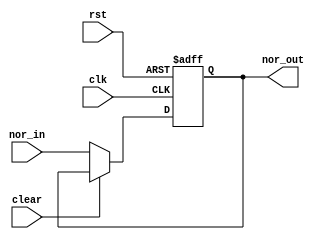
module nor_gate_delay(
    input wire clk,
    input wire rst,
    input wire clear,
    input wire nor_in,
    output reg nor_out
);

// Clock gating logic
always @(posedge clk or negedge rst) begin
    if (!rst) begin
        nor_out <= 1'b0;
    end else if (!clear) begin
        nor_out <= nor_in;
    end
end

endmodule